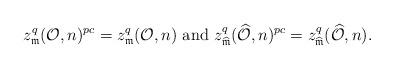
LaTeX: \begin{align*}z^q _{\mathfrak{m}} (\mathcal{O}, n) ^{pc} = z^q _{\mathfrak{m}} (\mathcal{O}, n) \mbox{ and } z^q _{\widehat{\mathfrak{m}}} (\widehat{\mathcal{O}}, n) ^{pc} = z^q _{\widehat{\mathfrak{m}}} (\widehat{\mathcal{O}}, n).\end{align*}